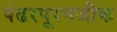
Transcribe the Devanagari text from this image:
पंढरपूरनजीक